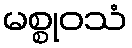
မစ္စုဝသံ